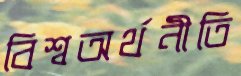
বিশ্বঅর্থনীতি